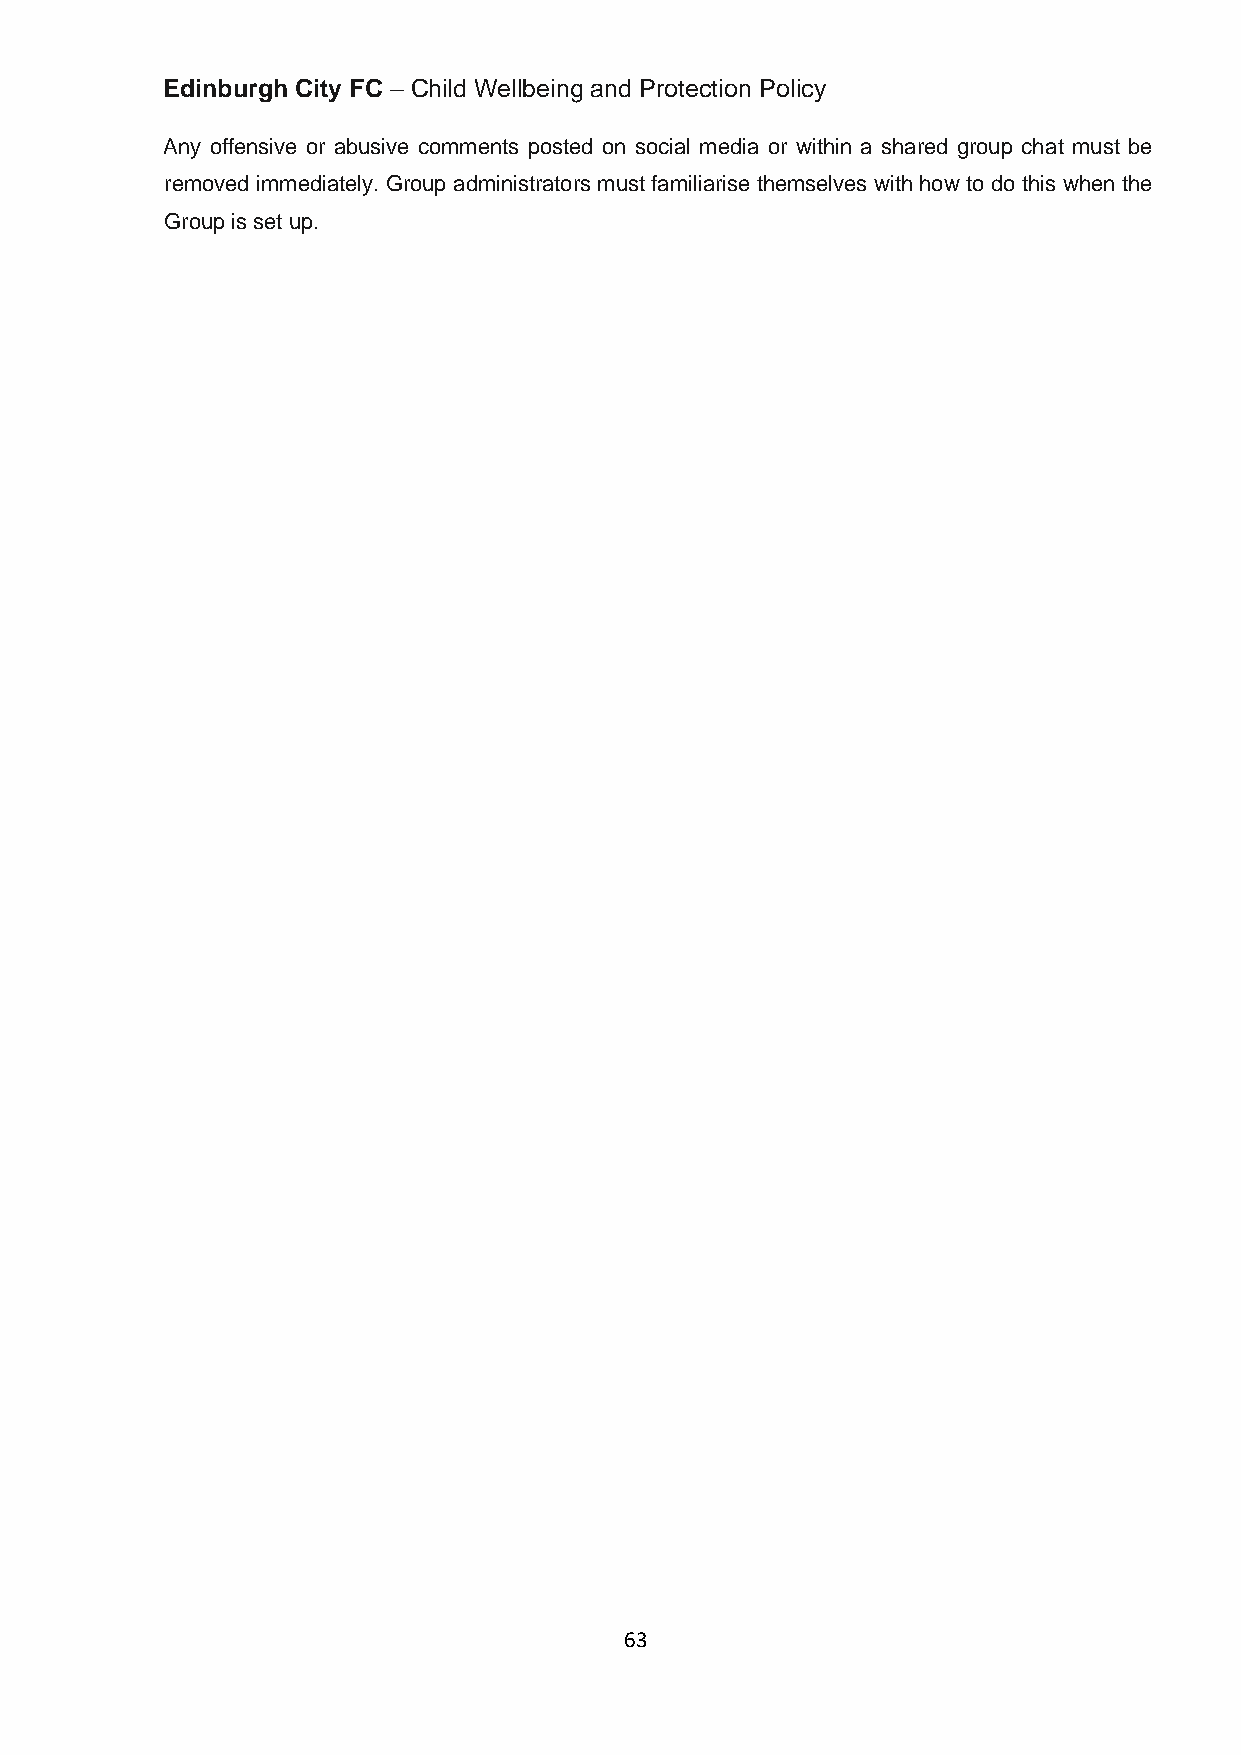
Edinburgh City FC – Child Wellbeing and Protection Policy
 Any offensive or abusive comments posted on social media or within a shared group chat must be
 removed immediately. Group administrators must familiarise themselves with how to do this when the
 Group is set up.
 63